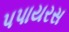
પપાયરસ